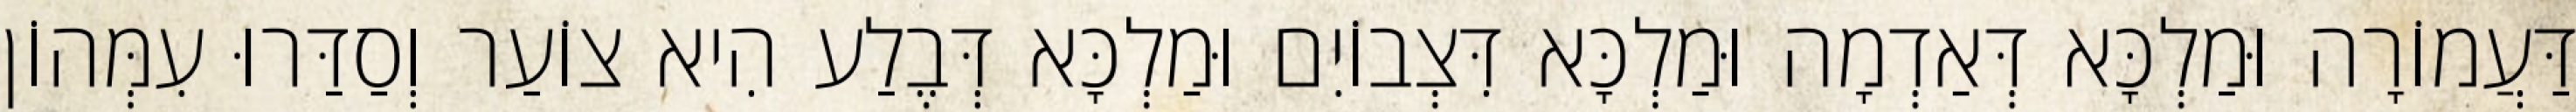
דַּעֲמוֹרָה וּמַלְכָּא דְּאַדְמָה וּמַלְכָּא דִּצְבוֹיִם וּמַלְכָּא דְּבֶלַע הִיא צוֹעַר וְסַדַּרוּ עִמְּהוֹן